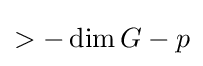
>-\operatorname {dim} G-p